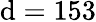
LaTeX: \mathrm{d}=153